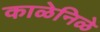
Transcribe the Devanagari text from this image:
काळेनिळे